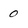
Character: 0